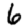
Digit: 6